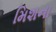
મિશના